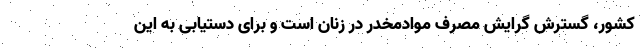
کشور، گسترش گرایش مصرف موادمخدر در زنان است و برای دستیابی به این